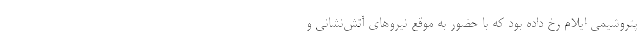
پتروشیمی ایلام رخ داده بود که با حضور به موقع نیروهای آتش‌نشانی و